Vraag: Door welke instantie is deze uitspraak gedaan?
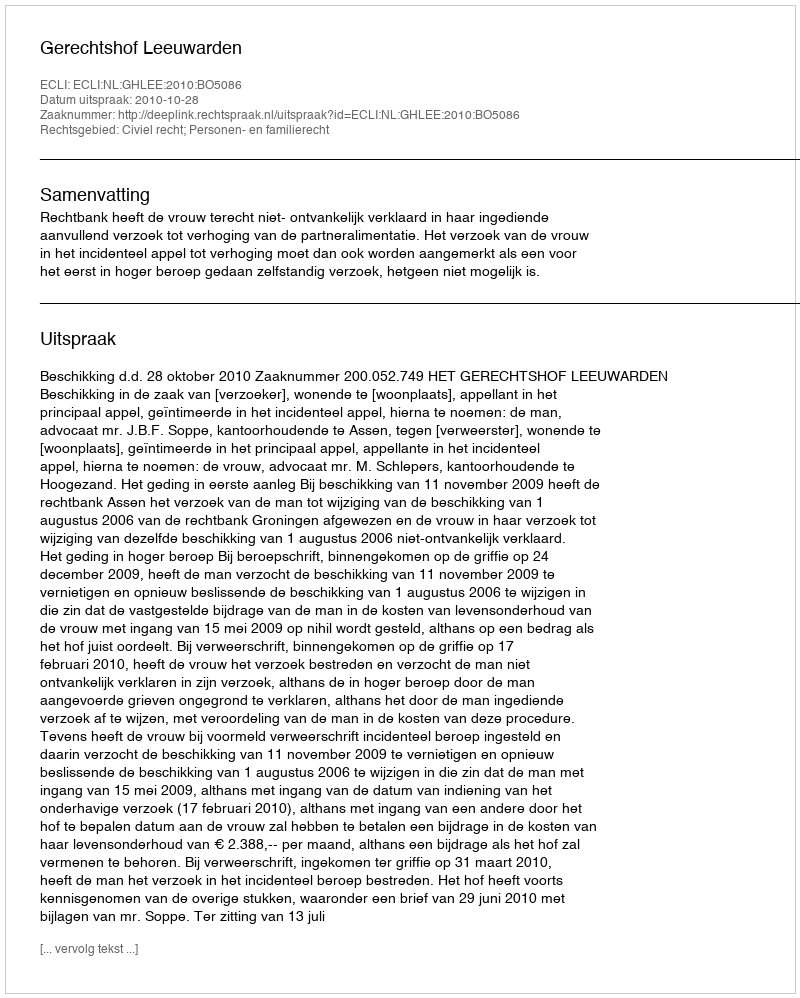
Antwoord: Gerechtshof Leeuwarden